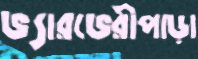
ভ্যারভেরীপাড়া